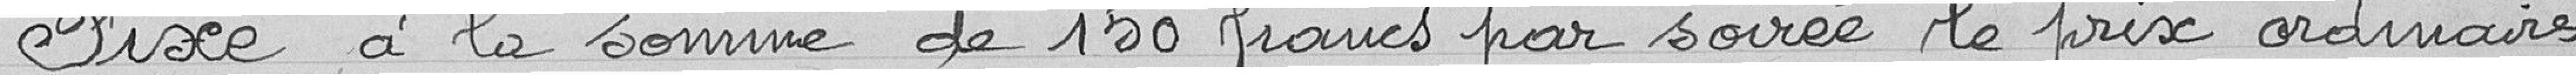
Fixe à la somme de 150 francs par soirée le prix ordinaire